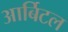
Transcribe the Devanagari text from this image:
आर्बिटल